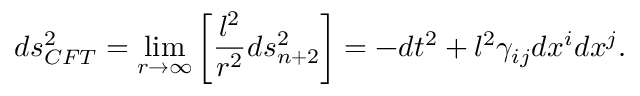
d s _ { C F T } ^ { 2 } = \operatorname * { l i m } _ { r \to \infty } \left[ { \frac { l ^ { 2 } } { r ^ { 2 } } } d s _ { n + 2 } ^ { 2 } \right] = - d t ^ { 2 } + l ^ { 2 } \gamma _ { i j } d x ^ { i } d x ^ { j } .